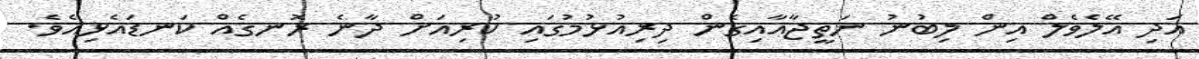
އަދި އޭލެވެލް އިން ލިބުނު ނަތީޖާއާއިގެން ދިރިއުޅުމުގައި ކުރިއަށް ދާނެ ރޮނގެއް ކަނޑައެޅިއެވެ.